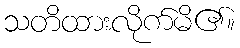
သတိထားလိုက်မိ၏။